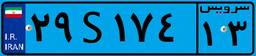
۲۹S۱۷۴۱۳